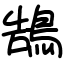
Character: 鵠